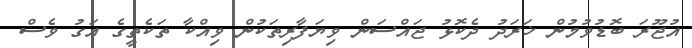
އުޖޫރަ ބޮޑުވުމުން ޚަރަދު ދެކޮޅު ޖައްސަން ވިޔަފާރިތަކުން ވިއްކާ ތަކެތީގެ އަގު ވެސް